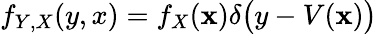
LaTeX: f_{Y,X}(y,x)=f_{X}(\mathbf{x})\delta{\big(}y-V(\mathbf{x}){\big)}